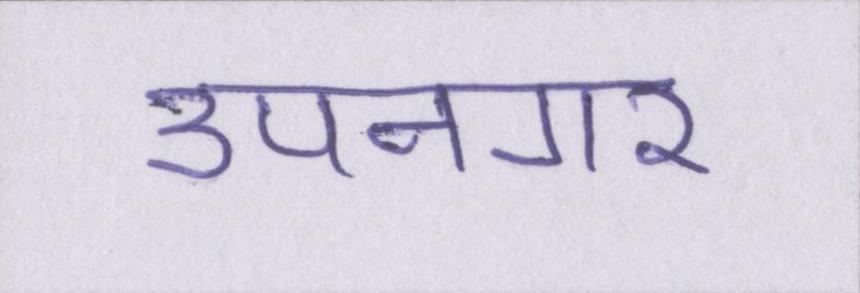
उपनगर